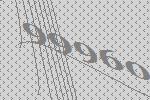
99960